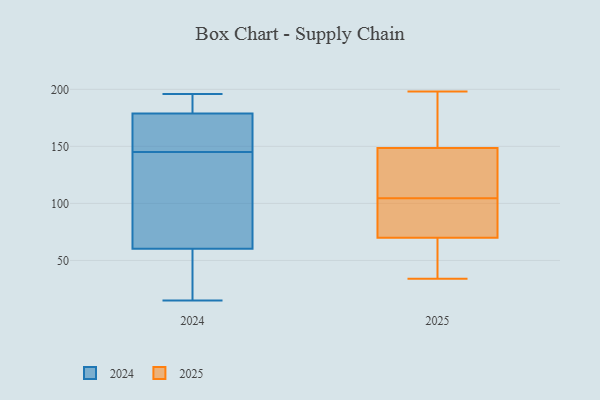
{"axis": {"x": "Energy Usage (MWh)", "y": "Value"}, "legend": ["2024", "2025"], "data": [{"x": "", "y": 165, "type": "2024"}, {"x": "", "y": 179, "type": "2024"}, {"x": "", "y": 196, "type": "2024"}, {"x": "", "y": 151, "type": "2024"}, {"x": "", "y": 73, "type": "2024"}, {"x": "", "y": 135, "type": "2024"}, {"x": "", "y": 36, "type": "2024"}, {"x": "", "y": 49, "type": "2024"}, {"x": "", "y": 178, "type": "2024"}, {"x": "", "y": 189, "type": "2024"}, {"x": "", "y": 188, "type": "2024"}, {"x": "", "y": 85, "type": "2024"}, {"x": "", "y": 15, "type": "2024"}, {"x": "", "y": 145, "type": "2024"}, {"x": "", "y": 56, "type": "2024"}, {"x": "", "y": 73, "type": "2025"}, {"x": "", "y": 91, "type": "2025"}, {"x": "", "y": 72, "type": "2025"}, {"x": "", "y": 99, "type": "2025"}, {"x": "", "y": 69, "type": "2025"}, {"x": "", "y": 42, "type": "2025"}, {"x": "", "y": 153, "type": "2025"}, {"x": "", "y": 128, "type": "2025"}, {"x": "", "y": 34, "type": "2025"}, {"x": "", "y": 174, "type": "2025"}, {"x": "", "y": 131, "type": "2025"}, {"x": "", "y": 198, "type": "2025"}, {"x": "", "y": 172, "type": "2025"}, {"x": "", "y": 198, "type": "2025"}, {"x": "", "y": 144, "type": "2025"}, {"x": "", "y": 53, "type": "2025"}, {"x": "", "y": 140, "type": "2025"}, {"x": "", "y": 71, "type": "2025"}, {"x": "", "y": 110, "type": "2025"}, {"x": "", "y": 42, "type": "2025"}]}